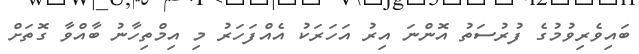
ބައިވެރިވުމުގެ ފުރުސަތު އޮންނަ އިރު އަހަރަކު އެއްފަހަރު މި އިމްތިހާނު ބާއްވާ ގޮތަށް